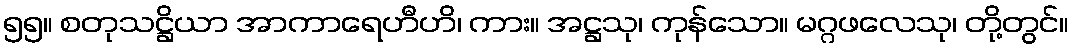
၅၅။ စတုသဋ္ဌိယာ အာကာရေဟီဟိ၊ ကား။ အဋ္ဌသု၊ ကုန်သော။ မဂ္ဂဖလေသု၊ တို့တွင်။